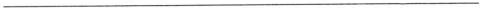
___